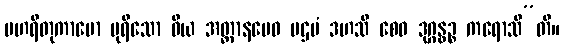
ပဟရိတုကာမော ပုရိသော ဝိယ အတ္တာနမေဝ ပဌမံ ဒဟသိ စေဝ ဒုဂ္ဂန္ဓဉ္စ ကရောသီ”တိ။